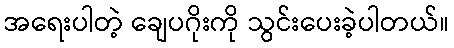
အရေးပါတဲ့ ချေပဂိုးကို သွင်းပေးခဲ့ပါတယ်။